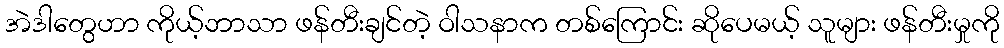
အဲဒါတွေဟာ ကိုယ့်ဘာသာ ဖန်တီးချင်တဲ့ ဝါသနာက တစ်ကြောင်း ဆိုပေမယ့် သူများ ဖန်တီးမှုကို